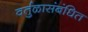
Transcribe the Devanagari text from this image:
वर्तुळासंबंधित